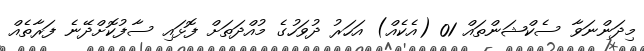
މިދަންނަވާ ސެކްޝަންތައް 01 (އެކެއް) އަހަރު ދުވަހުގެ މުއްދަތަށް ފޮޅައި ސާފުކޮށްދޭނެ ފަރާތެއް